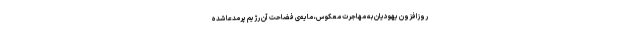
روزافزون یهودیان به مهاجرت معکوس، مایه‌ی فضاحت آن رژیم پُرمدّعا شده